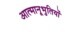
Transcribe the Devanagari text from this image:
आत्मानूभुतियों